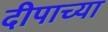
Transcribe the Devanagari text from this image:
दीपाच्या